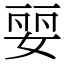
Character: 婯